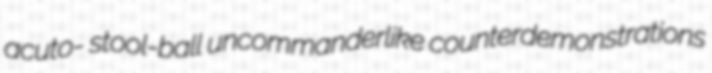
acuto- stool-ball uncommanderlike counterdemonstrations